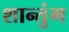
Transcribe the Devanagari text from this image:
शान्तुंग